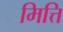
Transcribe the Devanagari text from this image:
मित्ति